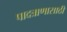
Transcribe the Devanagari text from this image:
पादत्राणासाठी